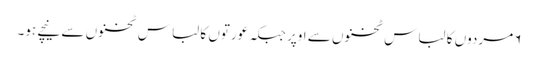
۶مردوں کا لباس ٹخنوں سے اوپر جبکہ عورتوں کا لباس ٹخنوں سے نیچے ہو۔